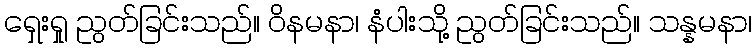
ရှေးရှု ညွတ်ခြင်းသည်။ ဝိနမနာ၊ နံပါးသို့ ညွတ်ခြင်းသည်။ သန္နမနာ၊